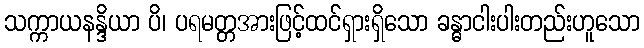
သက္ကာယနန္ဒိယာ ပိ၊ ပရမတ္တအားဖြင့်ထင်ရှားရှိသော ခန္ဓာငါးပါးတည်းဟူသော